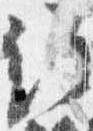
経